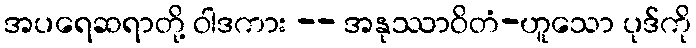
အပရေဆရာတို့ ဝါဒကား -- အနုဿာဝိတံ-ဟူသော ပုဒ်ကို